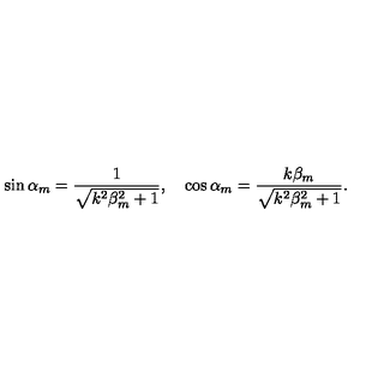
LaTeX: \sin \alpha _ { m } = \frac { 1 } { \sqrt { k ^ { 2 } \beta _ { m } ^ { 2 } + 1 } } , \quad \cos \alpha _ { m } = \frac { k \beta _ { m } } { \sqrt { k ^ { 2 } \beta _ { m } ^ { 2 } + 1 } } .